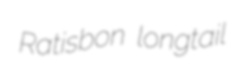
Ratisbon longtail